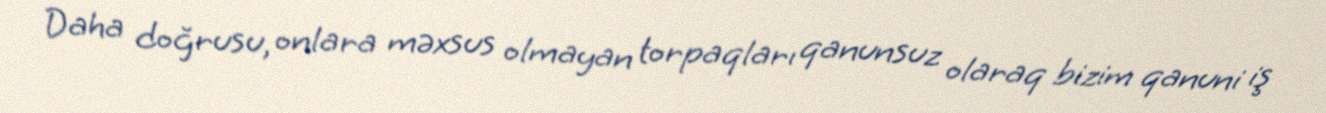
Daha doğrusu, onlara məxsus olmayan torpaqları qanunsuz olaraq bizim qanuni iş